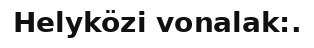
Helyközi vonalak:.